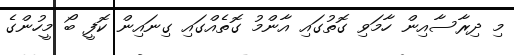
މި ދިރާސާއިން ހާމަވި ގޮތުގައި އާންމު ގޮތެއްގައި ގިނައިން ކޮފީ ބޯ މީހުންގެ